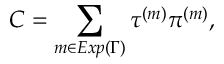
{ \cal C } = \sum _ { m \in E x p ( \Gamma ) } \tau ^ { ( m ) } \pi ^ { ( m ) } ,